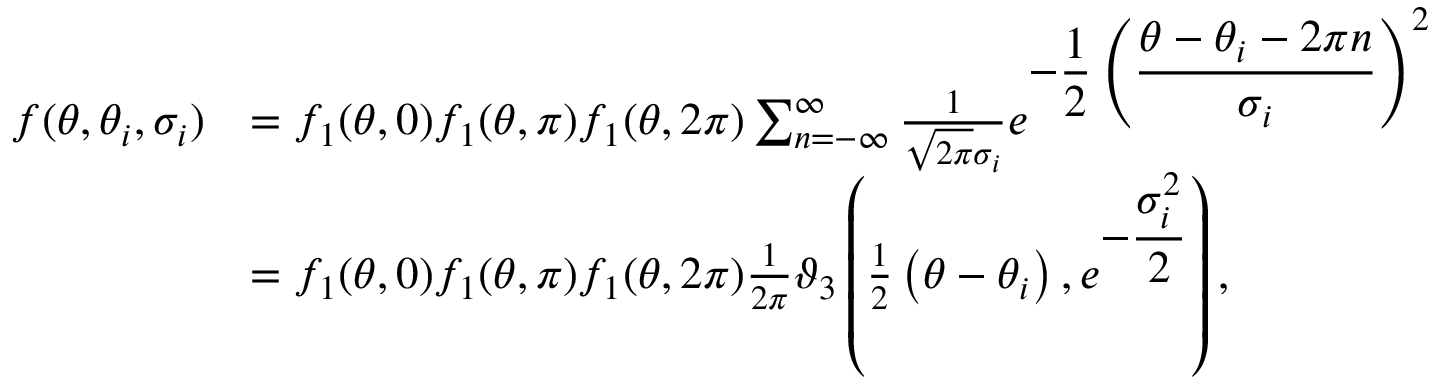
\begin{array} { r l } { f ( \theta , \theta _ { i } , \sigma _ { i } ) } & { = f _ { 1 } ( \theta , 0 ) f _ { 1 } ( \theta , \pi ) f _ { 1 } ( \theta , 2 \pi ) \sum _ { n = - \infty } ^ { \infty } \frac { 1 } { \sqrt { 2 \pi } \sigma _ { i } } e ^ { \displaystyle - \frac { 1 } { 2 } \left( \frac { \theta - \theta _ { i } - 2 \pi n } { \sigma _ { i } } \right) ^ { 2 } } } \\ & { = f _ { 1 } ( \theta , 0 ) f _ { 1 } ( \theta , \pi ) f _ { 1 } ( \theta , 2 \pi ) \frac { 1 } { 2 \pi } \vartheta _ { 3 } \left( \frac { 1 } { 2 } \left( \theta - \theta _ { i } \right) , e ^ { \displaystyle - \frac { \sigma _ { i } ^ { 2 } } { 2 } } \right) , } \end{array}